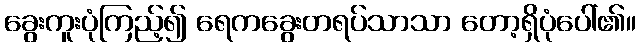
ခွေးကူးပုံကြည့်၍ ရေကခွေးတရပ်သာသာ တော့ရှိပုံပေါ်၏။